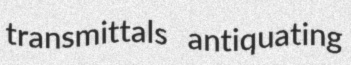
transmittals antiquating